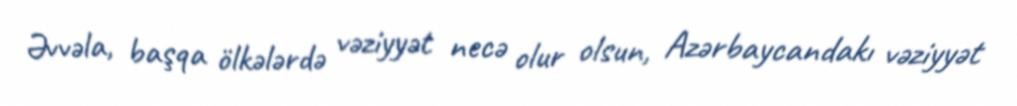
Əvvəla, başqa ölkələrdə vəziyyət necə olur olsun, Azərbaycandakı vəziyyət